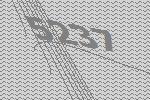
5237